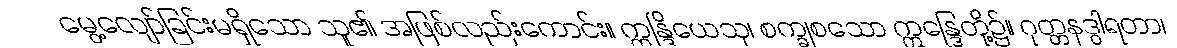
မွေ့လျော်ခြင်းမရှိသော သူ၏ အဖြစ်လည်းကောင်း။ ဣန္ဒြိယေသု၊ စက္ခုစသော ဣန္ဒြေတို့၌။ ဂုတ္တနဒွါရတာ၊